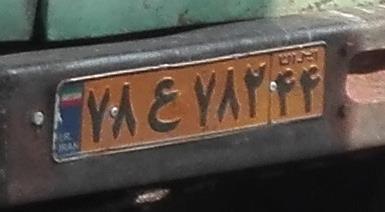
۷۸ع۷۸۲۴۴